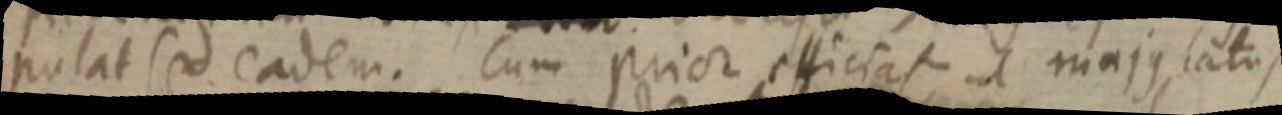
pulat sed eadem. Cum prior efficiat ut majus latus